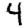
Digit: 4